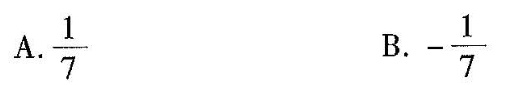
A.\frac{1}{7} B. - \frac{1}{7}